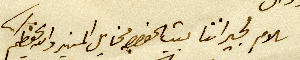
سلام لجيراننا بيت بيت الخواجه مخايل المنير والله يحفظكم